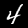
Label: 4